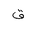
Letter: _qaf